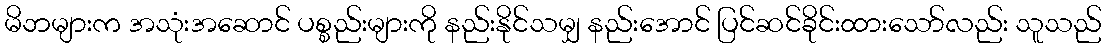
မိဘများက အသုံးအဆောင် ပစ္စည်းများကို နည်းနိုင်သမျှ နည်းအောင် ပြင်ဆင်ခိုင်းထားသော်လည်း သူသည်